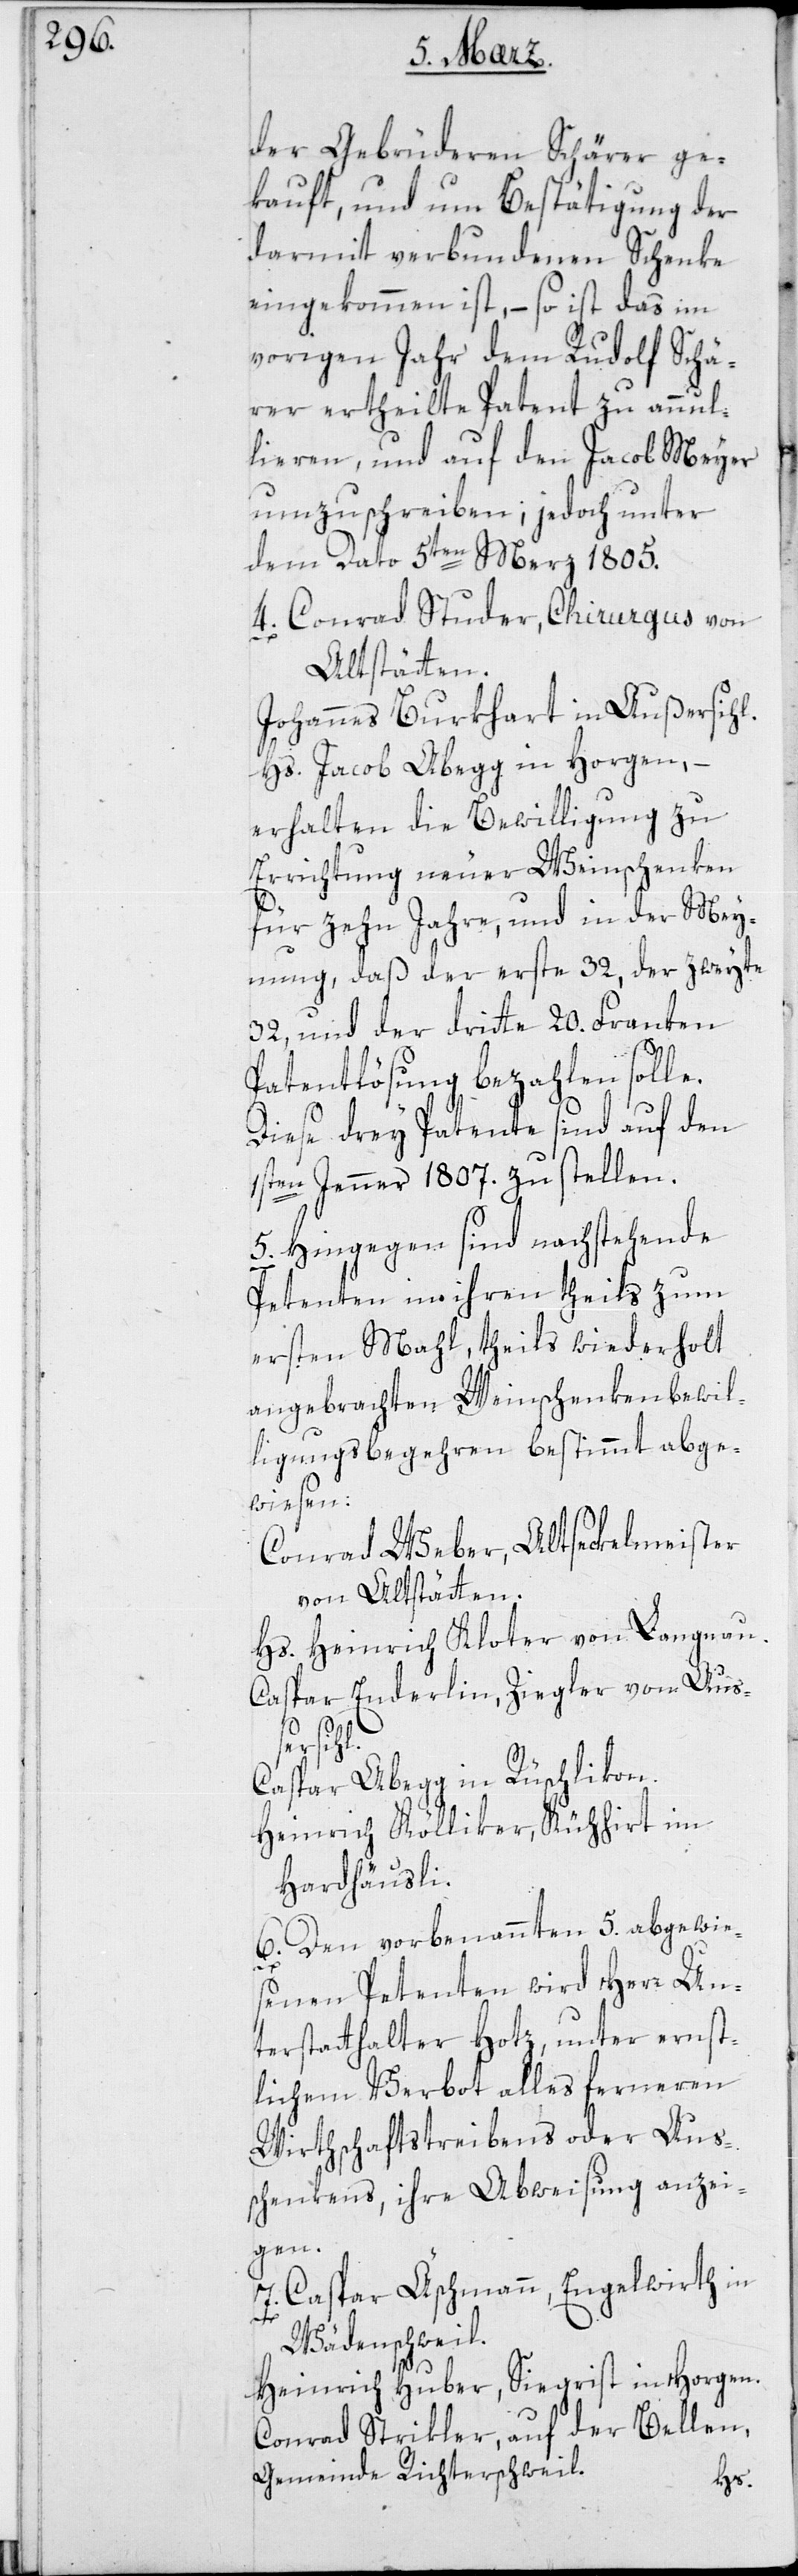
der Gebrüderen Schärer ge¬
kauft, und um Bestätigung der
darmit verbundenen Schenke
eingekommen ist, – so ist das im
vorigen Jahr dem Rudolf Schä¬
rer ertheilte Patent zu annul¬
lieren, und auf den Jacob Meyer
umzuschreiben; jedoch unter
dem Dato 5ten Merz 1805.
4. Conrad Studer, Chirurgus von
Altstätten.
Johannes Burkhart in Außersihl.
Hs. Jacob Abegg in Horgen, –
erhalten die Bewilligung zu
Errichtung neuer Weinschenken
für zehn Jahre, und in der Mey¬
nung, daß der erste 32, der zweyte
32, und der dritte 20. Franken
Patentlösung bezahlen solle.
Diese drey Patente sind auf den
1sten Jenner 1807. zu stellen.
5. Hingegen sind nachstehende
Petenten in ihren theils zum
ersten Mahl, theils wiederholt
angebrachten Weinschenkenbewil¬
ligungsbegehren bestimmt abge¬
wiesen:
Conrad Weber, Altseckelmeister
von Altstätten.
Hs. Heinrich Kloter von Langnau.
Caspar Enderlin, Ziegler von Au¬
ßersihl.
Caspar Abegg in Rüschlikon.
Heinrich Kölliker, Kühhirt im
Hardhäusli.
6. Den vorbenannten 5. abgewie¬
senen Petenten wird Herr Un¬
terstatthalter Hotz, unter ernst¬
lichem Verbot alles ferneren
Wirthschaftstreibens oder Aus¬
schenkens, ihre Abweisung anzei¬
gen.
7. Caspar Äschmann, Engelwirt in
Wädenschweil.
Heinrich Huber, Siegrist in Horgen.
Conrad Strikler, auf der Bellen,
Gemeinde Richterschweil.